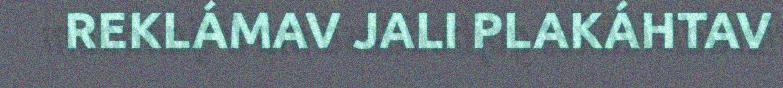
REKLÁMAV JALI PLAKÁHTAV